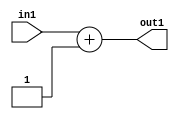
`timescale 1ps / 1ps
/*****************************************************************************
    Verilog RTL Description
    
    
    Created by: Stratus DpOpt 21.05.01 
*******************************************************************************/

module dut_Add_4U_6_4 (
	in1,
	out1
	); /* architecture "behavioural" */ 
input [2:0] in1;
output [3:0] out1;
wire [3:0] asc001;

assign asc001 = 
	+(in1)
	+(4'B0001);

assign out1 = asc001;
endmodule

/* CADENCE  urbwTw0= : u9/ySxbfrwZIxEzHVQQV8Q== ** DO NOT EDIT THIS LINE ******/